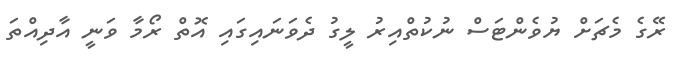
ރޭގެ މެޗަށް ޔުވެންޓަސް ނުކުތްއިރު ލީގު ދެވަނައިގައި އޮތް ރޯމާ ވަނީ އާދިއްތަ